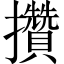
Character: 攢